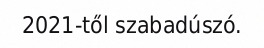
2021-től szabadúszó.